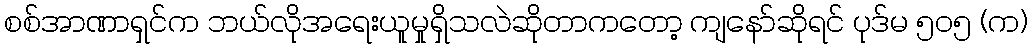
စစ်အာဏာရှင်က ဘယ်လိုအရေးယူမှုရှိသလဲဆိုတာကတော့ ကျနော်ဆိုရင် ပုဒ်မ ၅၀၅ (က)